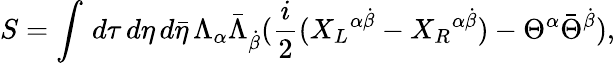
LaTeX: S=\int\, d\tau\, d\eta\, d{\bar{\eta}}\, \Lambda_{\alpha}{\bar{\Lambda}}_{\dot{\beta}}({\frac{i}{2}}({X_{L}}^{\alpha\dot{\beta}}-{X_{R}}^{\alpha\dot{\beta}})-\Theta^{\alpha}{\bar{\Theta}}^{\dot{\beta}}),